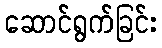
ဆောင်ရွက်ခြင်း